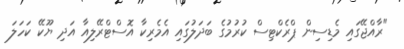
"ރާއްޖޭގައި މެޑިސިން ޕްރެކްޓިސް ކުރުމުގެ ބަދަލުގައި އެމެރިކާ އޮސްޓްރޭލިއާ އަދި ޔޫކޭ ކަހަލަ